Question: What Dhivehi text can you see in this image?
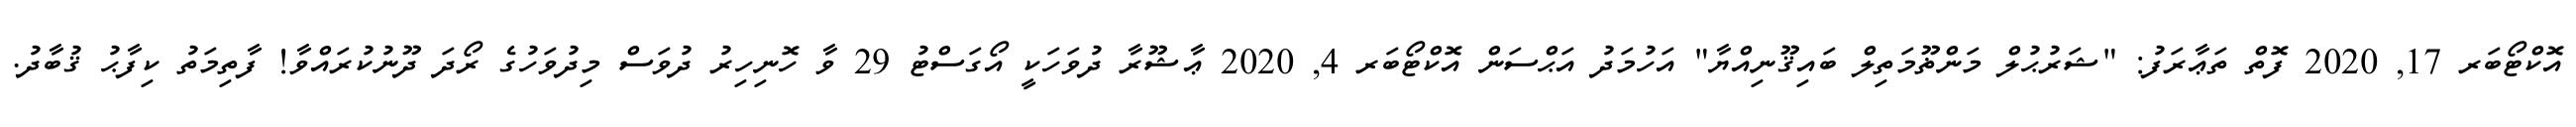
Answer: އޮކްޓޯބަރ 17, 2020 ފޮތް ތަޢާރަފު: "ޝަރުޙުލް މަންޡޫމަތިލް ބައިޤޫނިއްޔާ" އަހުމަދު އަޙްސަން އޮކްޓޯބަރ 4, 2020 ޢާޝޫރާ ދުވަހަކީ އޯގަސްޓު 29 ވާ ހޮނިހިރު ދުވަސް މިދުވަހުގެ ރޯދަ ދޫނުކުރައްވާ! ފާތިމަތު ކިފާޙު ޤުބާދު.